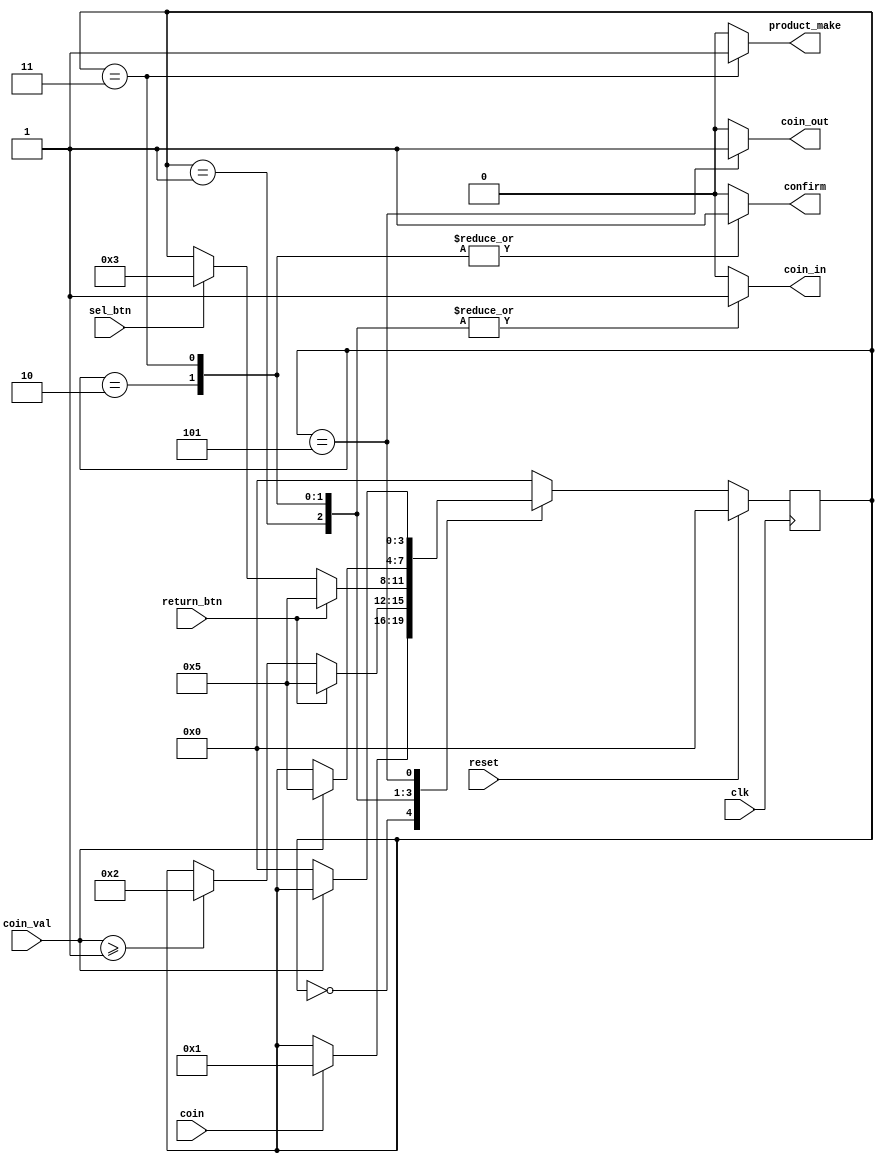
module FSM (clk, reset, sel_btn, return_btn, coin, coin_val, confirm, coin_in, coin_out, product_make);
	input clk, reset;
	input sel_btn;
	input return_btn;
	input wire coin;
	input coin_val;
	
	output reg coin_in, coin_out, confirm;
	
	output reg product_make;
	
	
	reg [3:0] now_state, next_state;
	
	parameter idle = 0, selection_st = 1, ready_st = 2, product_out = 3, return_st = 5;
	parameter product_val = 1;
	
	always @(sel_btn, return_btn, coin)
	begin
		next_state = now_state;
		
		case(now_state)
		idle : if (coin == 1) next_state = selection_st;
		selection_st : begin
			if (return_btn == 1) next_state = return_st;
			else if (coin_val >= product_val) next_state = ready_st;
			end
		ready_st : begin
			if (return_btn == 1) next_state = return_st;
			else if (sel_btn == 1) next_state = product_out;
			end
		product_out : if (coin_val != 0) next_state = return_st;
		return_st : if (coin_val == 0) next_state = idle ;
		default : next_state = idle;
		endcase
	end
	
	always @(posedge clk)
	begin
	if (reset == 1) now_state <= idle;
	else now_state <= next_state;
	end
	
	always @ (now_state)
		begin
			coin_in=0;
			coin_out =0;
			confirm=0;
			product_make =0;
			
			case (now_state)
			idle: 			begin
									coin_in = 0;
									confirm = 0;
									coin_out = 0;
									product_make = 0;
								end
			selection_st: 		coin_in = 1;
			ready_st: 		begin 
									coin_in = 1; 
									confirm = 1;
								end
			product_out: 	begin
									coin_in = 1; 
									confirm = 1;
									product_make = 1;
								end
			return_st:		begin
									coin_in = 0;
									coin_out = 1;
								end
			default: ;
			endcase
		end
			
	
	endmodule